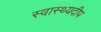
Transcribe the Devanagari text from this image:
स्वास्थ्यदीप